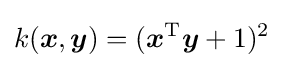
k({\boldsymbol {x}},{\boldsymbol {y}})=({\boldsymbol {x}}^{\mathrm {T} }{\boldsymbol {y}}+1)^{2}